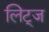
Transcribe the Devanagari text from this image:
लिट्ज